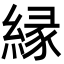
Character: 縁